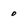
Character: 0